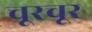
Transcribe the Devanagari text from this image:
चूरचूर